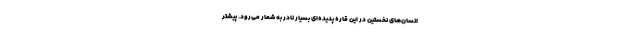
انسان‌های نخستین در این قاره پدیده‌ای بسیار نادر به شمار می‌رود. پیشتر